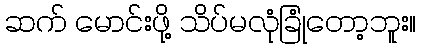
ဆက် မောင်းဖို့ သိပ်မလုံခြုံတော့ဘူး။